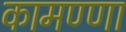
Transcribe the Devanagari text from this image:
कामण्णा